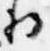
将